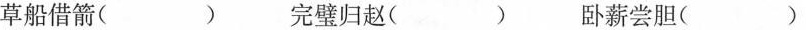
草船借箭( ) 完璧归赵( ) 卧薪尝胆( )